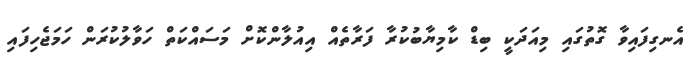
އެނގިފައިވާ ގޮތުގައި މިއަދަކީ ބިޑް ކާމިޔާބުކުރާ ފަރާތެއް އިއުލާންކޮށް މަސައްކަތް ހަވާލުކުރަން ހަމަޖެހިފައި